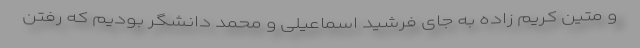
و متین کریم زاده به جای فرشید اسماعیلی و محمد دانشگر بودیم که رفتن